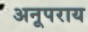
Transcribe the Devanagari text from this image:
अनूपराय